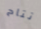
تتاح